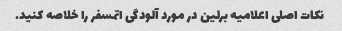
نکات اصلی اعلامیه برلین در مورد آلودگی اتمسفر را خلاصه کنید.